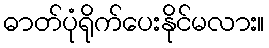
ဓာတ်ပုံရိုက်ပေးနိုင်မလား။